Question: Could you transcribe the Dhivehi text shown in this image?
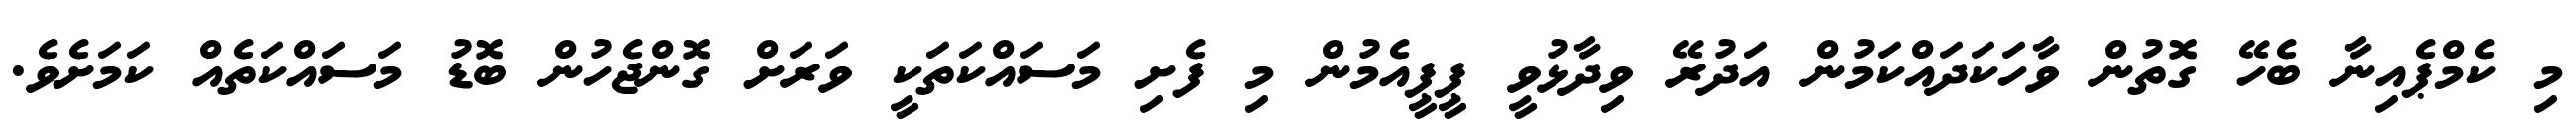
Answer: މި ކެމްޕެއިނާ ބެހޭ ގޮތުން ވާހަކަދައްކަމުން އަދުރޭ ވިދާޅުވީ ޕީޕީއެމުން މި ފެށި މަސައްކަތަކީ ވަރަށް ގޮންޖެހުން ބޮޑު މަސައްކަތެއް ކަމަށެވެ.